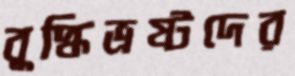
বুদ্ধিভ্রষ্টদের